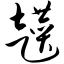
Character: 趱